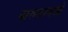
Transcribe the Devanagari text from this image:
वारुळामध्ये